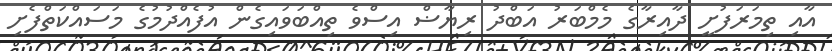
އާއި ތިމަރަފުށީ ދާއިރާގެ މެމްބަރު އަބްދު ރިޔާޟް އިސްވެ ތިއްބަވައިގެން އުފެއްދުމުގެ މަސައްކަތްފެށި